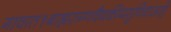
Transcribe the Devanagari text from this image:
गावात१बाह्यरुग्णवैद्यकीयसुविधाआहे